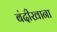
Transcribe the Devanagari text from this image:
बंदीखाना